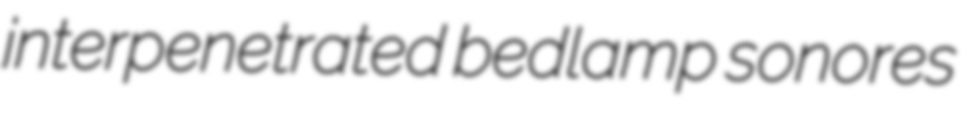
interpenetrated bedlamp sonores